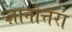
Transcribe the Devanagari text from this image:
ज्ञानोत्तरा